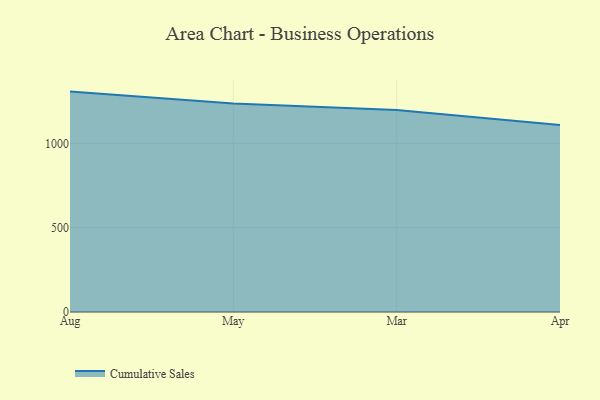
{"axis": {"x": "Month", "y": "Page Views"}, "legend": ["Cumulative Sales"], "data": [{"x": "Aug", "y": 1306.5, "type": "Cumulative Sales"}, {"x": "May", "y": 1236.5, "type": "Cumulative Sales"}, {"x": "Mar", "y": 1197.6, "type": "Cumulative Sales"}, {"x": "Apr", "y": 1109.0, "type": "Cumulative Sales"}]}